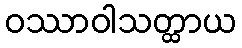
ဝဿာဝါသတ္ထာယ